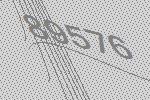
89576